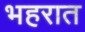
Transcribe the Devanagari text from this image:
भहरात